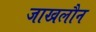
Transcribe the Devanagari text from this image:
जाखलौन